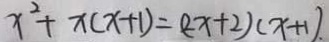
x ^ { 2 } + x ( x + 1 ) = ( 2 x + 2 ) ( x + 1 ) .